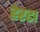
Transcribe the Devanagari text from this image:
हेरटा